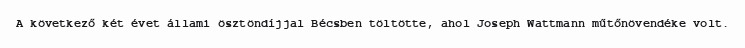
A következő két évet állami ösztöndíjjal Bécsben töltötte, ahol Joseph Wattmann műtőnövendéke volt.